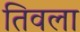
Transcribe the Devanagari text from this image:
तिवला